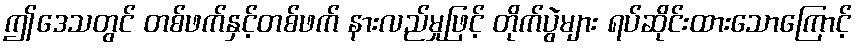
ဤဒေသတွင် တစ်ဖက်နှင့်တစ်ဖက် နားလည်မှုဖြင့် တိုက်ပွဲများ ရပ်ဆိုင်းထားသောကြောင့်